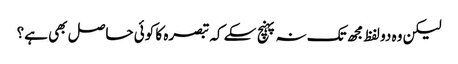
لیکن وہ دو لفظ مجھ تک نہ پہنچ سکے کہ تبصرہ کا کوئی حاصل بھی ہے؟